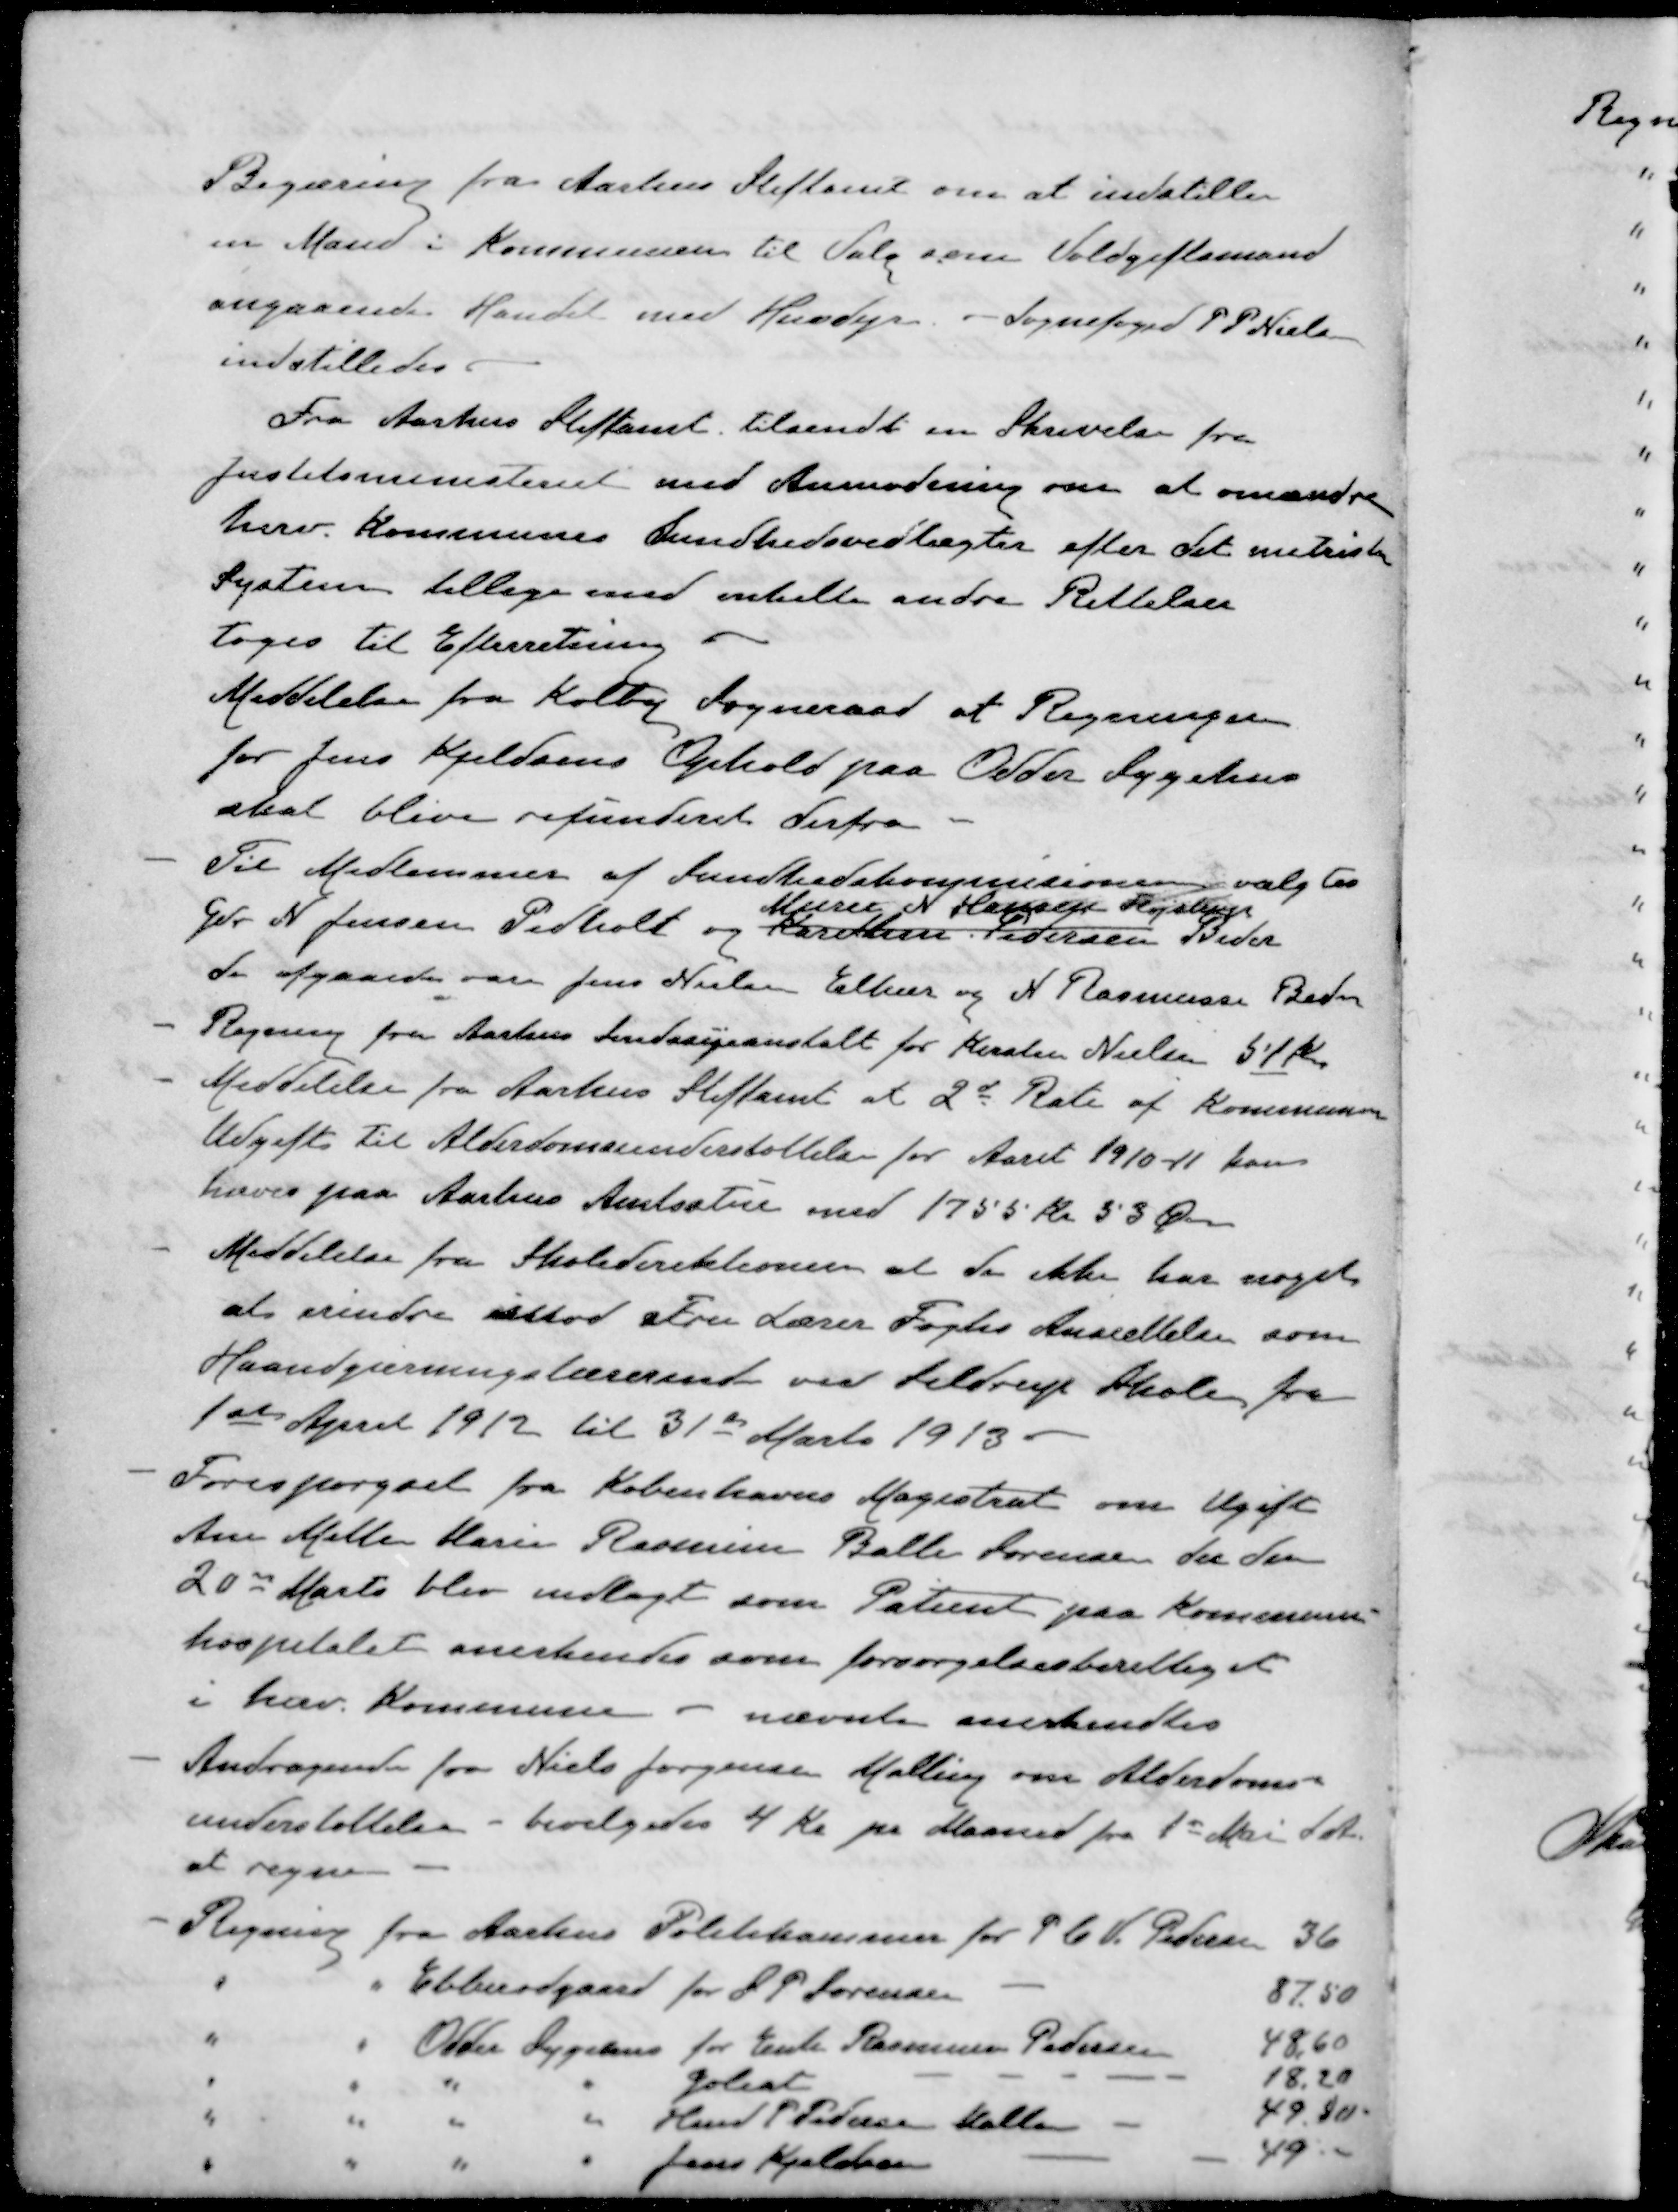
Transskription:
Begæring fra Aarhus Stiftamt om at indstille
en Mand i Kommunen til Valg som Voldgiftsmand
angaaende Handel med Husdyr. - Sognefoged J P Nielsen
indstilledes
Fra Aarhus Stiftamt tilsendt en Skrivelse fra
Justitsministeriet med Anmodning om at omændre
herv. Kommunes Sundhedsvedtægter efter det metriske
System tillige med enkelte andre Rettelser
toges til Efterretning
Meddelelse fra Kolby Sogneraad at Regningen
for Jens Kjeldsens Ophold paa Odder Sygehus
skal blive refunderet derfra
- Til Medlemmer af Sundhedskommisionen valgtes
Murer N. Hansen Fløjstrup
Gdr N. Jensen Pedholt og Karethm Pedersen Beder
de afgaaede var Jens Nielsen Elkær og N Rasmussen Beder
- Regning fra Aarhus Sindssygeanstalt for Kirsten Nielsen 51 kr
- Meddelelse fra Aarhus Stiftamt af 2d Rate af Kommunens
Udgift til Alderdomsunderstøttelse for Aaret 1910-11 kom
hæves paa Aarhus Amtsstue med 1755 kr 53 Øre
- Meddelelse fra Skoledirektionen at de ikke har noget
at erindre imod Fru Lærer Foghs Ansættelse som
Haandgærningslærerent ved Seldrup Skole fra
1ste April 1912 til 31de Marts 1913
- Forespørgsel fra Københavns Magistrat om Ugift
Ane Mette Karin Rasmine Balle Sørensen der den
20d Marts blev indlagt som Patient paa Kommune=
hospitalet anerkendes som forsørgelsesberettiget
i herv. Kommune - nævnte anerkendtes
- Andragende fra Niels Jørgensen Malling om Alderdoms-
understøttelse - bevilgedes 4 Kr pr Maaned fra 1ste Mai d. A.
at regne -
- Regning fra Aarhus Politikammer for P. C. V. Pedersen 36
" " Ebberødgaard for S P Sørensen - 87.50
" " Odder Sygehus for Enke Rasmine Pedersen 48,60
" " " " Goliat - - - - - 18,20
" " " " Hmd P Pedersen Malling - 49.30.
" " " " Jens Kjeldsen - - 49